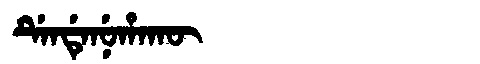
Manchu: ᡩᡝᠨᡩᡝᠨᡠᡥᠠᡴᡡ
Romanization: DENDENUHAKŪ